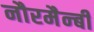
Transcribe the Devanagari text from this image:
नौरमैन्बी